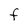
Character: F